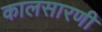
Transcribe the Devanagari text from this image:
कालसारणी